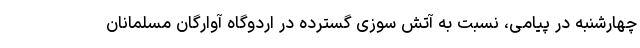
چهارشنبه در پیامی، نسبت به آتش سوزی گسترده در اردوگاه آوارگان مسلمانان